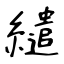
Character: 繾